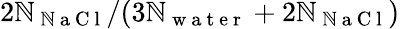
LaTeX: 2\mathbb{N}_{\mathrm{{~\mathbb{N}~a~C~l~}}}/(3\mathbb{N}_{\mathrm{{~w~a~t~e~r~}}}+2\mathbb{N}_{\mathrm{{~\mathbb{N}~a~C~l~}}})